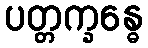
ပတ္တက္ခန္ဓေ